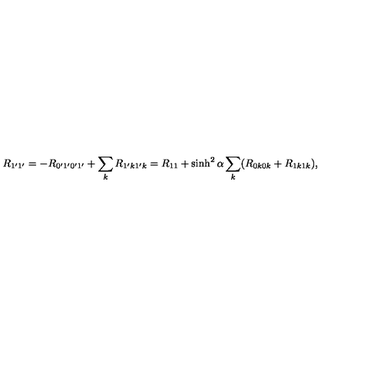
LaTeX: R _ { 1 ^ { \prime } 1 ^ { \prime } } = - R _ { 0 ^ { \prime } 1 ^ { \prime } 0 ^ { \prime } 1 ^ { \prime } } + \sum _ { k } R _ { 1 ^ { \prime } k 1 ^ { \prime } k } = R _ { 1 1 } + \sinh ^ { 2 } \alpha \sum _ { k } ( R _ { 0 k 0 k } + R _ { 1 k 1 k } ) ,